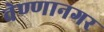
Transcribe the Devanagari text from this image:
वेण्णानगर